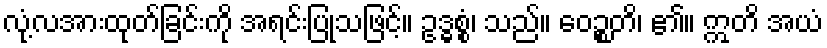
လုံ့လအားထုတ်ခြင်းကို အရင်းပြုသဖြင့်။ ဥဒ္ဓစ္စံ၊ သည်။ ဝေဉ္စတိ၊ ၏။ ဣတိ အယံ